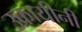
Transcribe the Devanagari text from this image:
उक्रायीनी